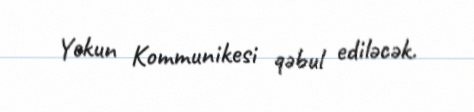
Yekun Kommunikesi qəbul ediləcək.